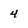
Character: 4